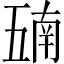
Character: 𫡵